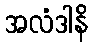
အလံဒါနိ